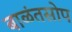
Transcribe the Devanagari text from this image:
बाळंतसोप